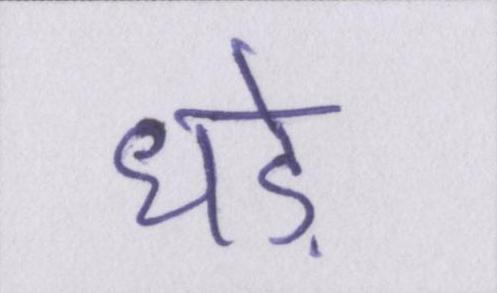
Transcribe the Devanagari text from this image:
धड़े